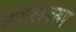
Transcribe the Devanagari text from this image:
अभंगस्वरूप